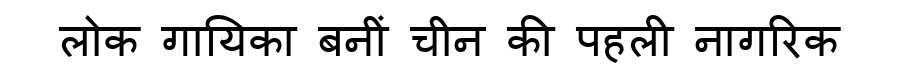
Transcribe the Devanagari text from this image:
लोक गायिका बनीं चीन की पहली नागरिक